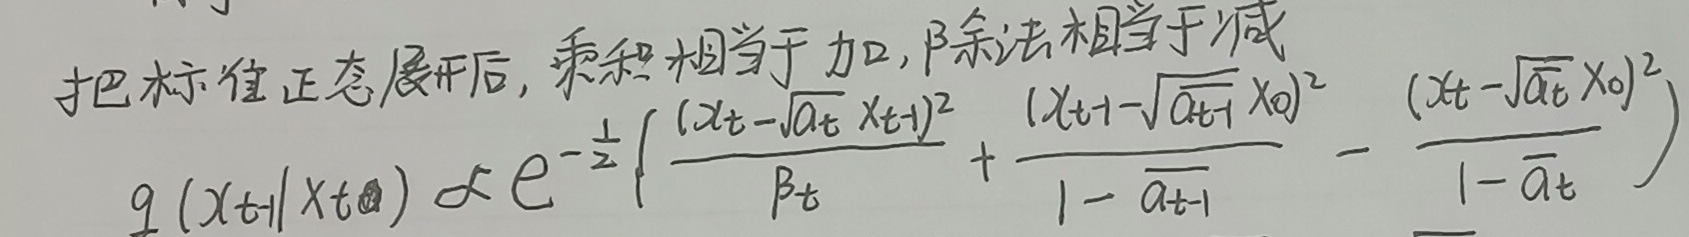
\[
q(x_{t+1}|x_t) \propto e^{-\frac{1}{2}} \left( \frac{(x_t - \sqrt{\alpha_t} x_{t+1})^2}{\beta_t} + \frac{(x_{t+1} - \sqrt{\overline{\alpha}_{t+1}} x_0)^2}{1 - \overline{\alpha}_{t+1}} - \frac{(x_t - \sqrt{\overline{\alpha}_t} x_0)^2}{1 - \overline{\alpha}_t} \right)
\]